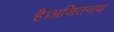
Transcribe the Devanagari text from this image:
है।अजितनाथ